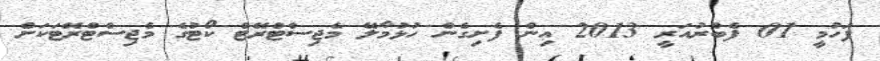
ފަހުމީ 01 ފެބްރުއަރީ 2013 އިން ފެށިގެން ހުޅުމާލޭ މެޖިސްޓްރޭޓް ކޯޓުގެ މެޖިސްޓްރޭޓަކަށް